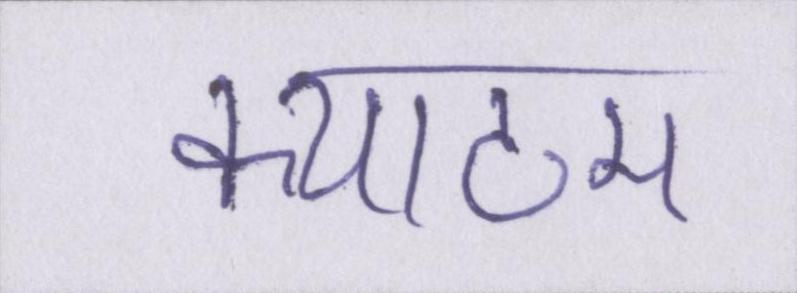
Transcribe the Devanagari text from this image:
क्याटम